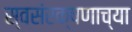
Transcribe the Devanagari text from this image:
स्वसंरक्षणाच्या